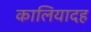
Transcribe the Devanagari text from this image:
कालियादह